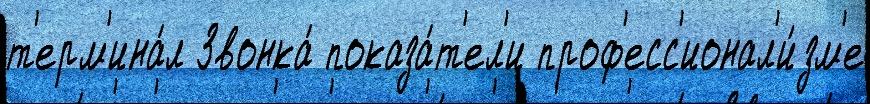
т'ерм'ина́л Звонка́ показа́т'ел'и проф'есс'ионал'и́зм'е